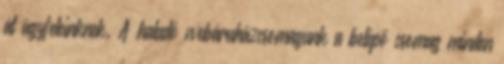
át ügyfeleinknek. A haladó webáruházcsomagunk a belépõ csomag minden